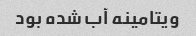
ویتامینه آب شده بود